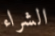
الشراء